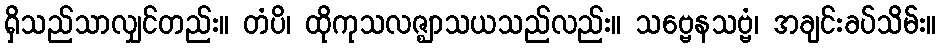
ရှိသည်သာလျှင်တည်း။ တံပိ၊ ထိုကုသလဇ္ဈာသယသည်လည်း။ သဗ္ဗေနသဗ္ဗံ၊ အချင်းခပ်သိမ်း။